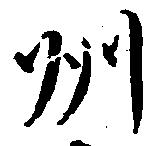
州